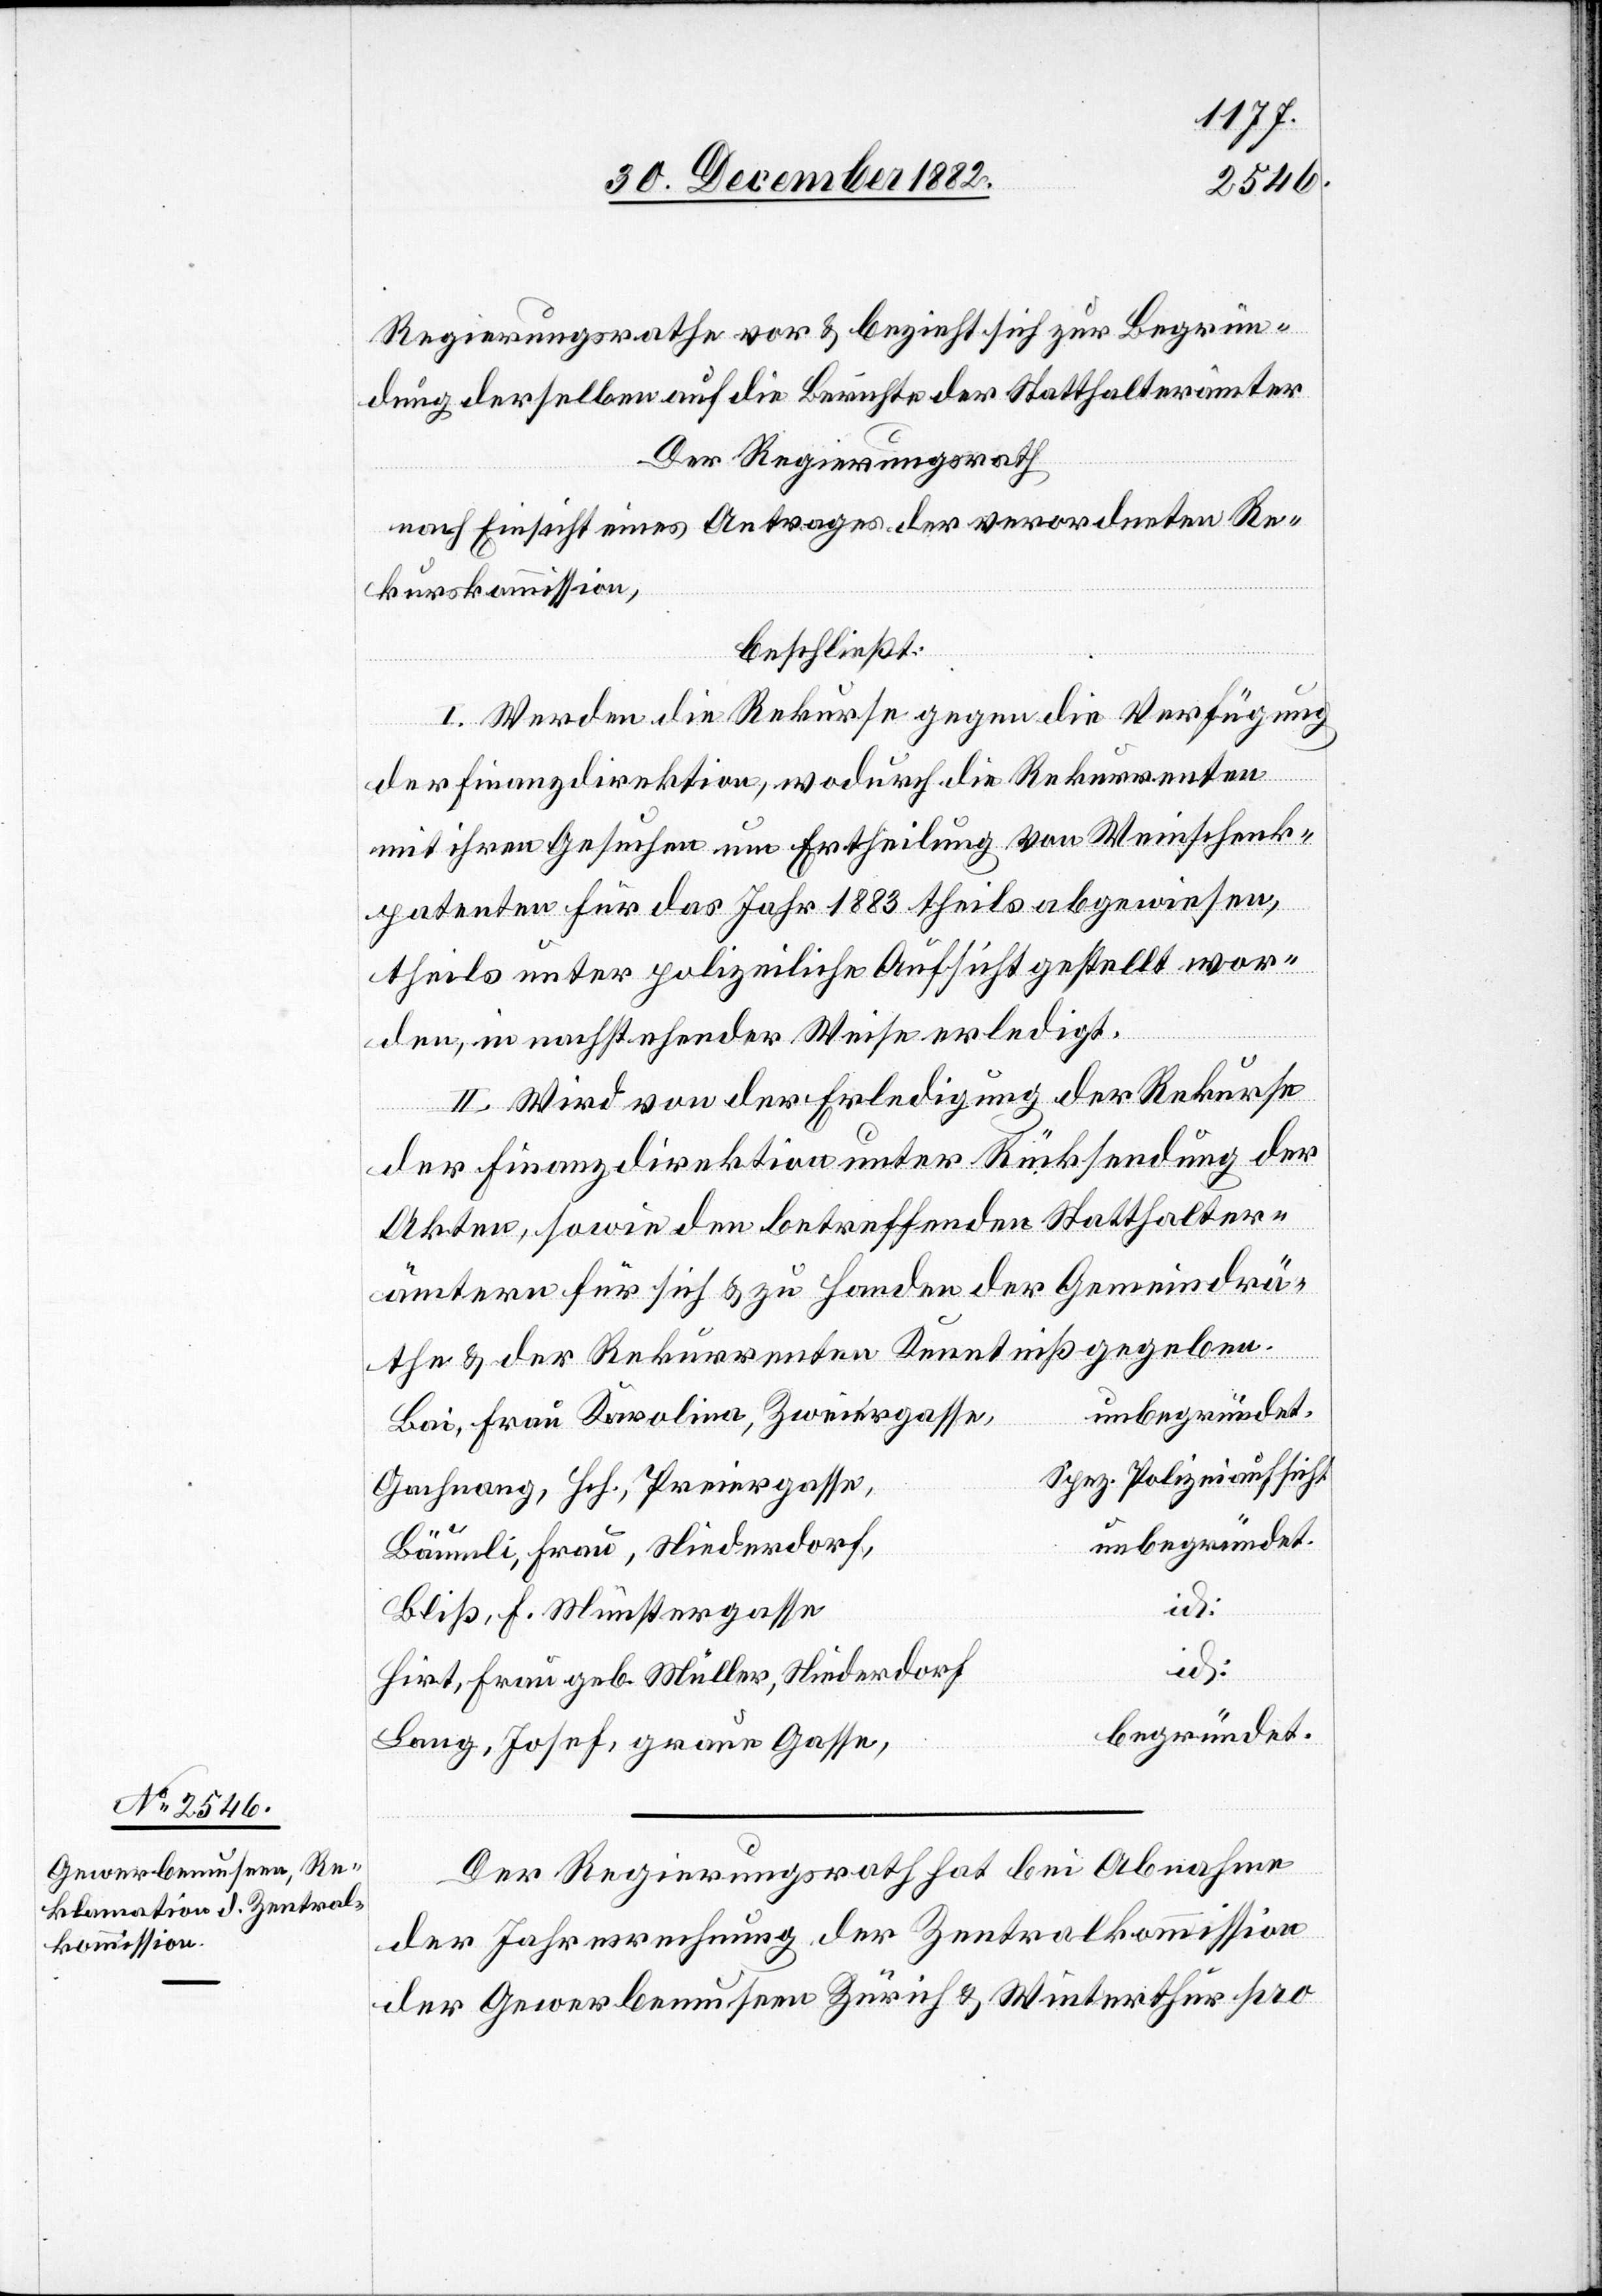
Regierungsrathe vor & bezieht sich zur Begrün¬
dung derselben auf die Berichte der Statthalterämter.
Der Regierungsrath,
nach Einsicht eines Antrages der verordneten Re¬
kurskommission,
beschließt:
I. Werden die Rekurse gegen die Verfügung
der Finanzdirektion, wodurch die Rekurrenten
mit ihren Gesuchen um Ertheilung von Weinschenk¬
patenten für das Jahr 1883 theils abgewiesen,
theils unter polizeiliche Aufsicht gestellt wor¬
den, in nachstehender Weise erledigt.
II. Wird von der Erledigung der Rekurse
der Finanzdirektion unter Rücksendung der
Akten, sowie den betreffenden Statthalter¬
ämtern für sich & zu Handen der Gemeindrä¬
the & der Rekurrenten Kenntniß gegeben,
Bai, Frau Karolina, Zweiergasse,
Spez. Polizeiaufsicht
Gachnang, Hch., Preiergasse,
unbegründet.
Bäumli, Frau, Niederdorf,
Bliß, F. Münstergasse
id
Hirt, Frau geb. Müller, Niederdorf
begründet.
Lang, Josef, graue Gasse,
Der Regierungsrath hat bei Abnahme
der Jahresrechnung der Zentralkommission
der Gewerbemuseen Zürich & Winterthur pro